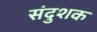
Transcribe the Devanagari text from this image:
संदुशक